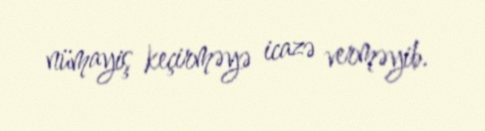
nümayiş keçirməyə icazə verməyib.